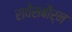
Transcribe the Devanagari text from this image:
रावेंसबौर्न